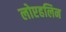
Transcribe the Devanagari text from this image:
लोएहलिन